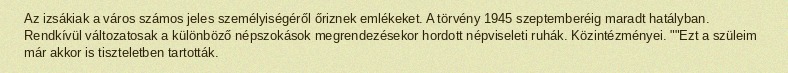
Az izsákiak a város számos jeles személyiségéről őriznek emlékeket. A törvény 1945 szeptemberéig maradt hatályban. Rendkívül változatosak a különböző népszokások megrendezésekor hordott népviseleti ruhák. Közintézményei. ""Ezt a szüleim már akkor is tiszteletben tartották.